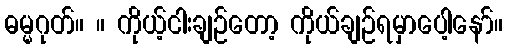
ဓမ္မဂုတ်။ ။ ကိုယ့်ငါးချဉ်တော့ ကိုယ်ချဉ်ရမှာပေါ့နော်။